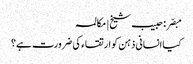
مبصّر: حبیب شیخ | مکالمہ
کیا انسانی ذہن کو ارتقاء کی ضرورت ہے؟